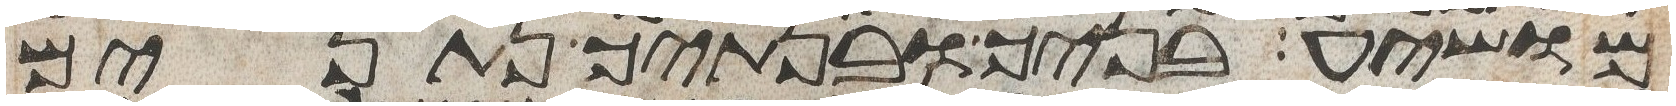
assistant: מושיע בניך ובנתיך נתנים